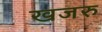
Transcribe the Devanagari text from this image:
खजरु